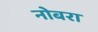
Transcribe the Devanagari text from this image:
नोबरा